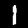
Label: 1